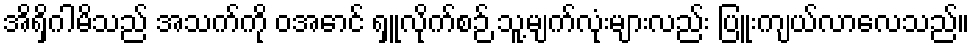
အိရှိဂါမိသည် အသက်ကို ဝအောင် ရှူလိုက်စဉ် သူ့မျက်လုံးများလည်း ပြူးကျယ်လာလေသည်။